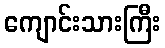
ကျောင်းသားကြီး